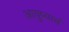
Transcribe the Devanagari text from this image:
आयुष्याचं